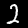
Label: 2